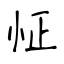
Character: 怔